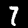
Digit: 7